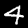
Label: 4